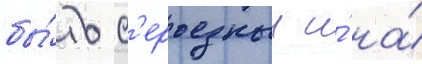
бы́ть с'ерьезныи и́ на́